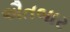
ઐતબાર